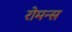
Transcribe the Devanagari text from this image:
रोमन्स